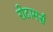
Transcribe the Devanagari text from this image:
रोटामर्स